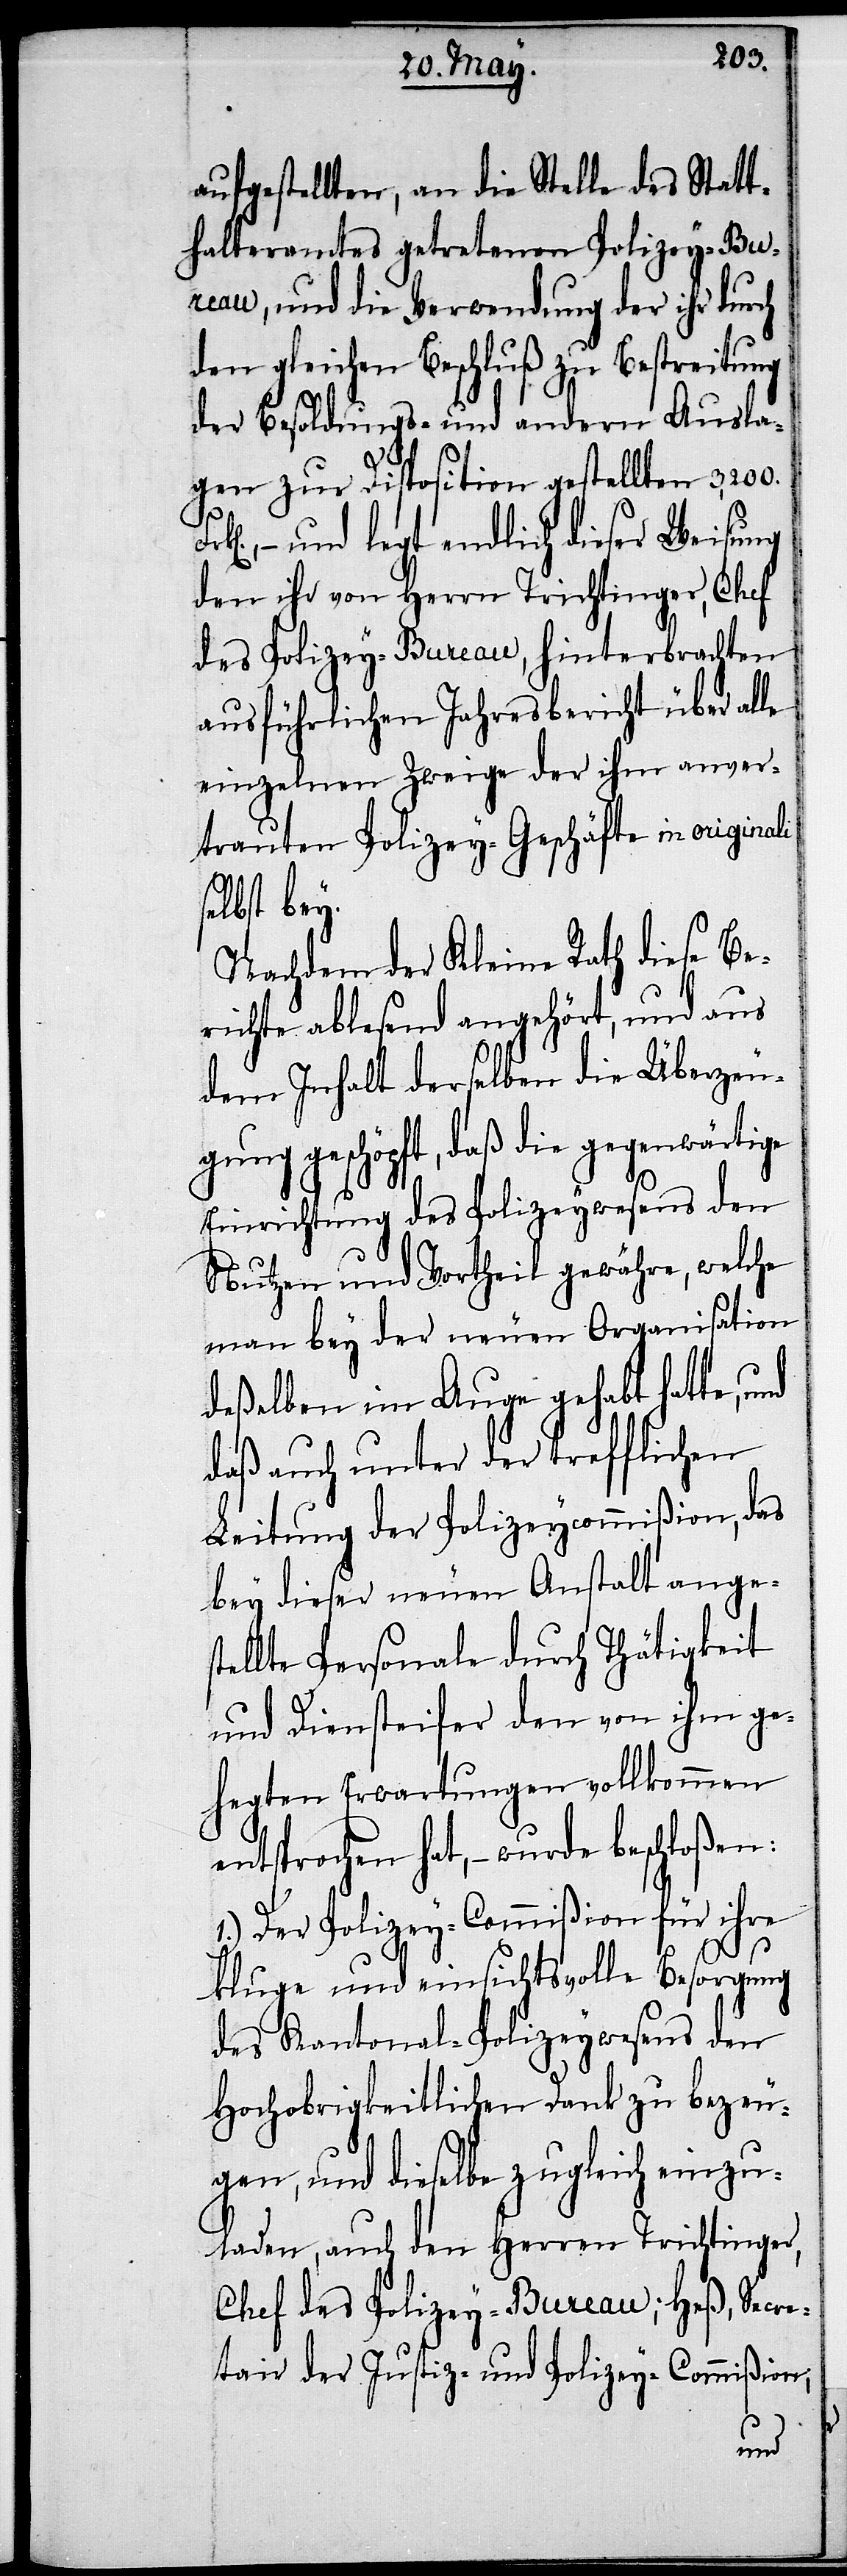
aufgestellten, an die Stelle des Statt¬
halteramtes getretenen Polizey-Bur¬
eau, und die Verwendung der ihr durch
den gleichen Beschluß zu Bestreitung
der Besoldungs- und andern Ausla¬
gen zur Disposition gestellten 3‘200.
– und legt endlich dieser Weisung
den ihr von Herrn Trichtinger, Chef
des Polizey-Bureau, hinterbrachten
ausführlichen Jahresbericht über alle
einzelnen Zweige der ihm anver¬
trauten Polizey-Geschäfte in originali
selbst bey.
Nachdem der Kleine Rath diese Be¬
richte ablesend angehört, und aus
dem Inhalt derselben die Überzeu¬
gung geschöpft, daß die gegenwärtige
Einrichtung des Polizeywesens den
Nutzen und Vortheil gewähre, welche
man bey der neuen Organisation
deßelben im Auge gehabt hatte, und
daß auch unter der trefflichen
Leitung der Polizeycommißion, das
bey dieser neuen Anstalt anges¬
tellte Personale durch Thätigkeit
und Diensteifer den von ihm ge¬
hegten Erwartungen vollkommen
entsprochen hat, – wurde
1.) Der Polizey-Commißion für ihre
kluge und einsichtsvolle Besorgung
des Kantonal-Polizeywesens den
Hochobrigkeitlichen Dank zu bezeu¬
gen, und dieselbe zugleich einzu¬
laden, auch den Herren Trichtinger,
Chef des Polizey-Bureau; Heß, Secre¬
tair der Justiz- und Polizey-Commißion;